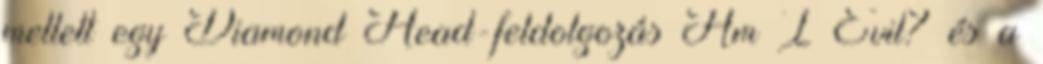
mellett egy Diamond Head-feldolgozás Am I Evil? és a